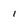
Character: I